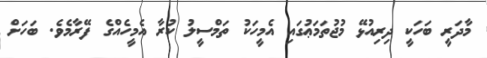
މާދަރީ ބަހަކީ ދިރިއުޅޭ މުޖުތަމަޢުގައި އެމީހަކު ތަމްސީލު ކުރާ އެމީހެއްގެ ފޭރާމެވެ. ބަހަށް